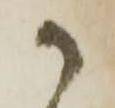
か